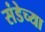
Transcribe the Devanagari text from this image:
संडेच्या